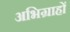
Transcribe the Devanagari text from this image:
अभिग्राहों